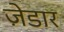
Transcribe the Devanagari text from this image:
ज़ेडार